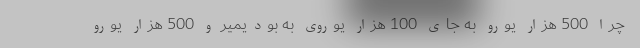
چرا 500 هزار یورو به جای 100 هزار یوروی به بودیمیر و 500 هزار یورو